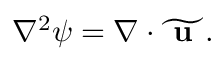
\begin{array} { r } { \nabla ^ { 2 } \psi = \nabla \cdot \widetilde { \textbf { u } } . } \end{array}